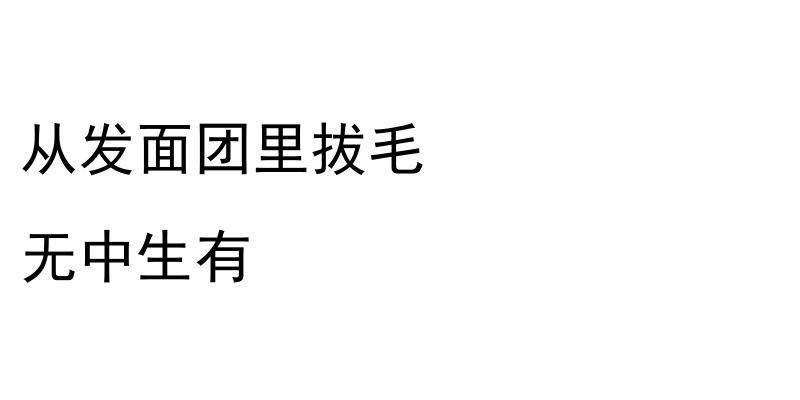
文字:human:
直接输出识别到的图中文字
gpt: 从发面团里拔毛 无中生有